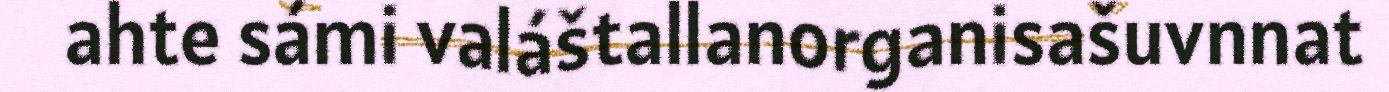
ahte sámi valáštallanorganisašuvnnat